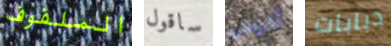
الملفوف ساقول أليس دبابات